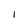
Character: 1